Calcutta medical institutions reports 1892-1900
Year: 1892
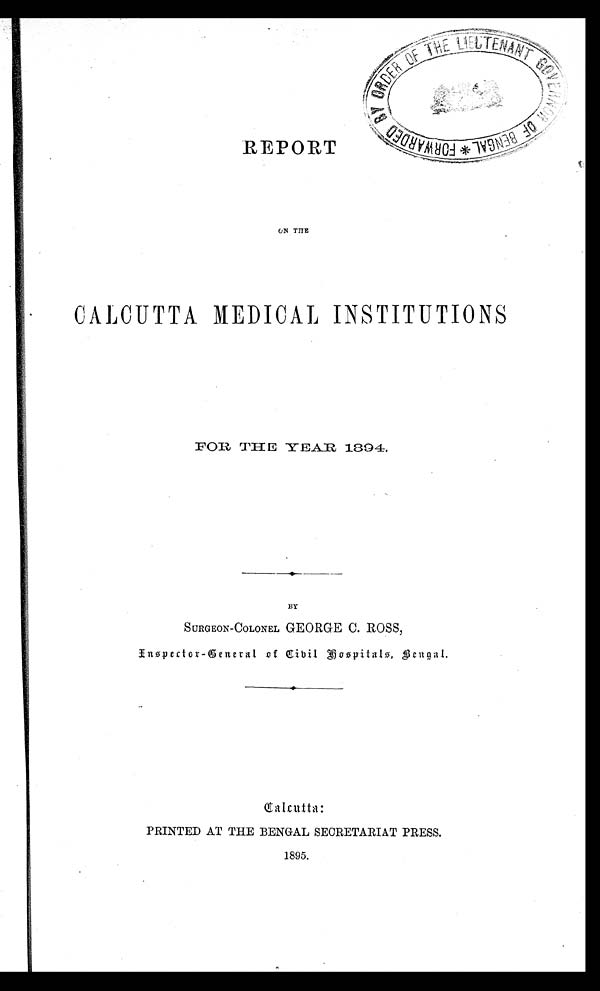
REPORT
CALCUTTA MEDICAL INSTITUTIONS
FOR THE YEAR 1894.
BY
SURGEON-COLONEL GEORGE C. ROSS,
Inspector-General of Civil Hospitals, Bengal.
Calcutta:
PRINTED AT THE BENGAL SECRETARIAT PRESS.
1895.